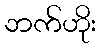
ဘက်ဟိုး